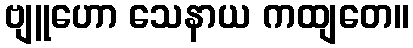
ဗျူဟော သေနာယ ကထျတေ။